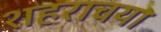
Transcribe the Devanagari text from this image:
शहराचया